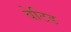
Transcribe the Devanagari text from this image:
वेटिड